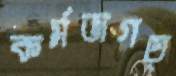
কর্মজগত্